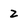
Character: 2